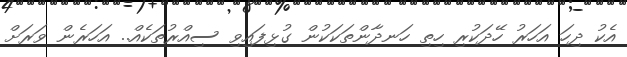
އެކު ދިހަ އަހަރު ހޭދަކުރި ހިތި ހަނދާންތަކަކުން ގުޅިފައިވި ސިއްރުތަކެއް.. އަހަރެން ވަރަށް